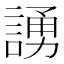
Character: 𫍃